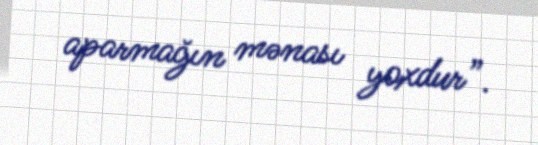
aparmağın mənası yoxdur”.